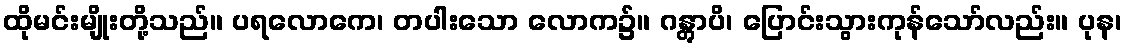
ထိုမင်းမျိုးတို့သည်။ ပရလောကေ၊ တပါးသော လောက၌။ ဂန္တွာပိ၊ ပြောင်းသွားကုန်သော်လည်း။ ပုန၊